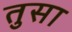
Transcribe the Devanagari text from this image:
तुसा